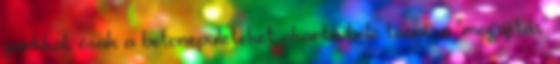
parkkal, csak a betonepuleteket akarta bele tenni, a "megújítás"